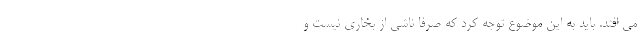
می افتد. باید به این موضوع توجه کرد که صرفا ناشی از بخاری نیست و